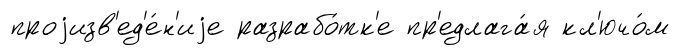
проjизв'ед'е́н'иjе разрабо́тк'е пр'едлага́я кл'ючо́м